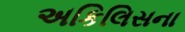
અકિલિસના